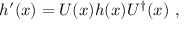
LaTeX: h ^ { \prime } ( x ) = U ( x ) h ( x ) U ^ { \dagger } ( x ) \ ,